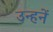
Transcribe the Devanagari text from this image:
उन्हनें